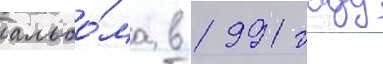
альбо́ма в 1991 году